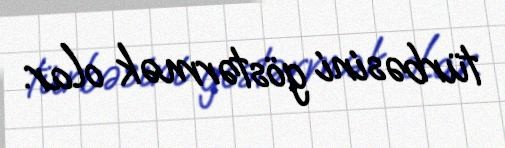
türbəsini göstərmək olar.